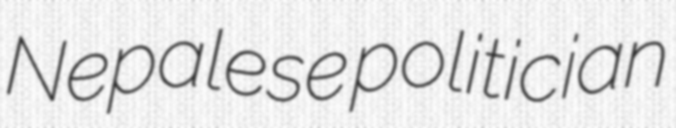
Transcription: Nepalese politician